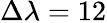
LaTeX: \Delta\lambda=12